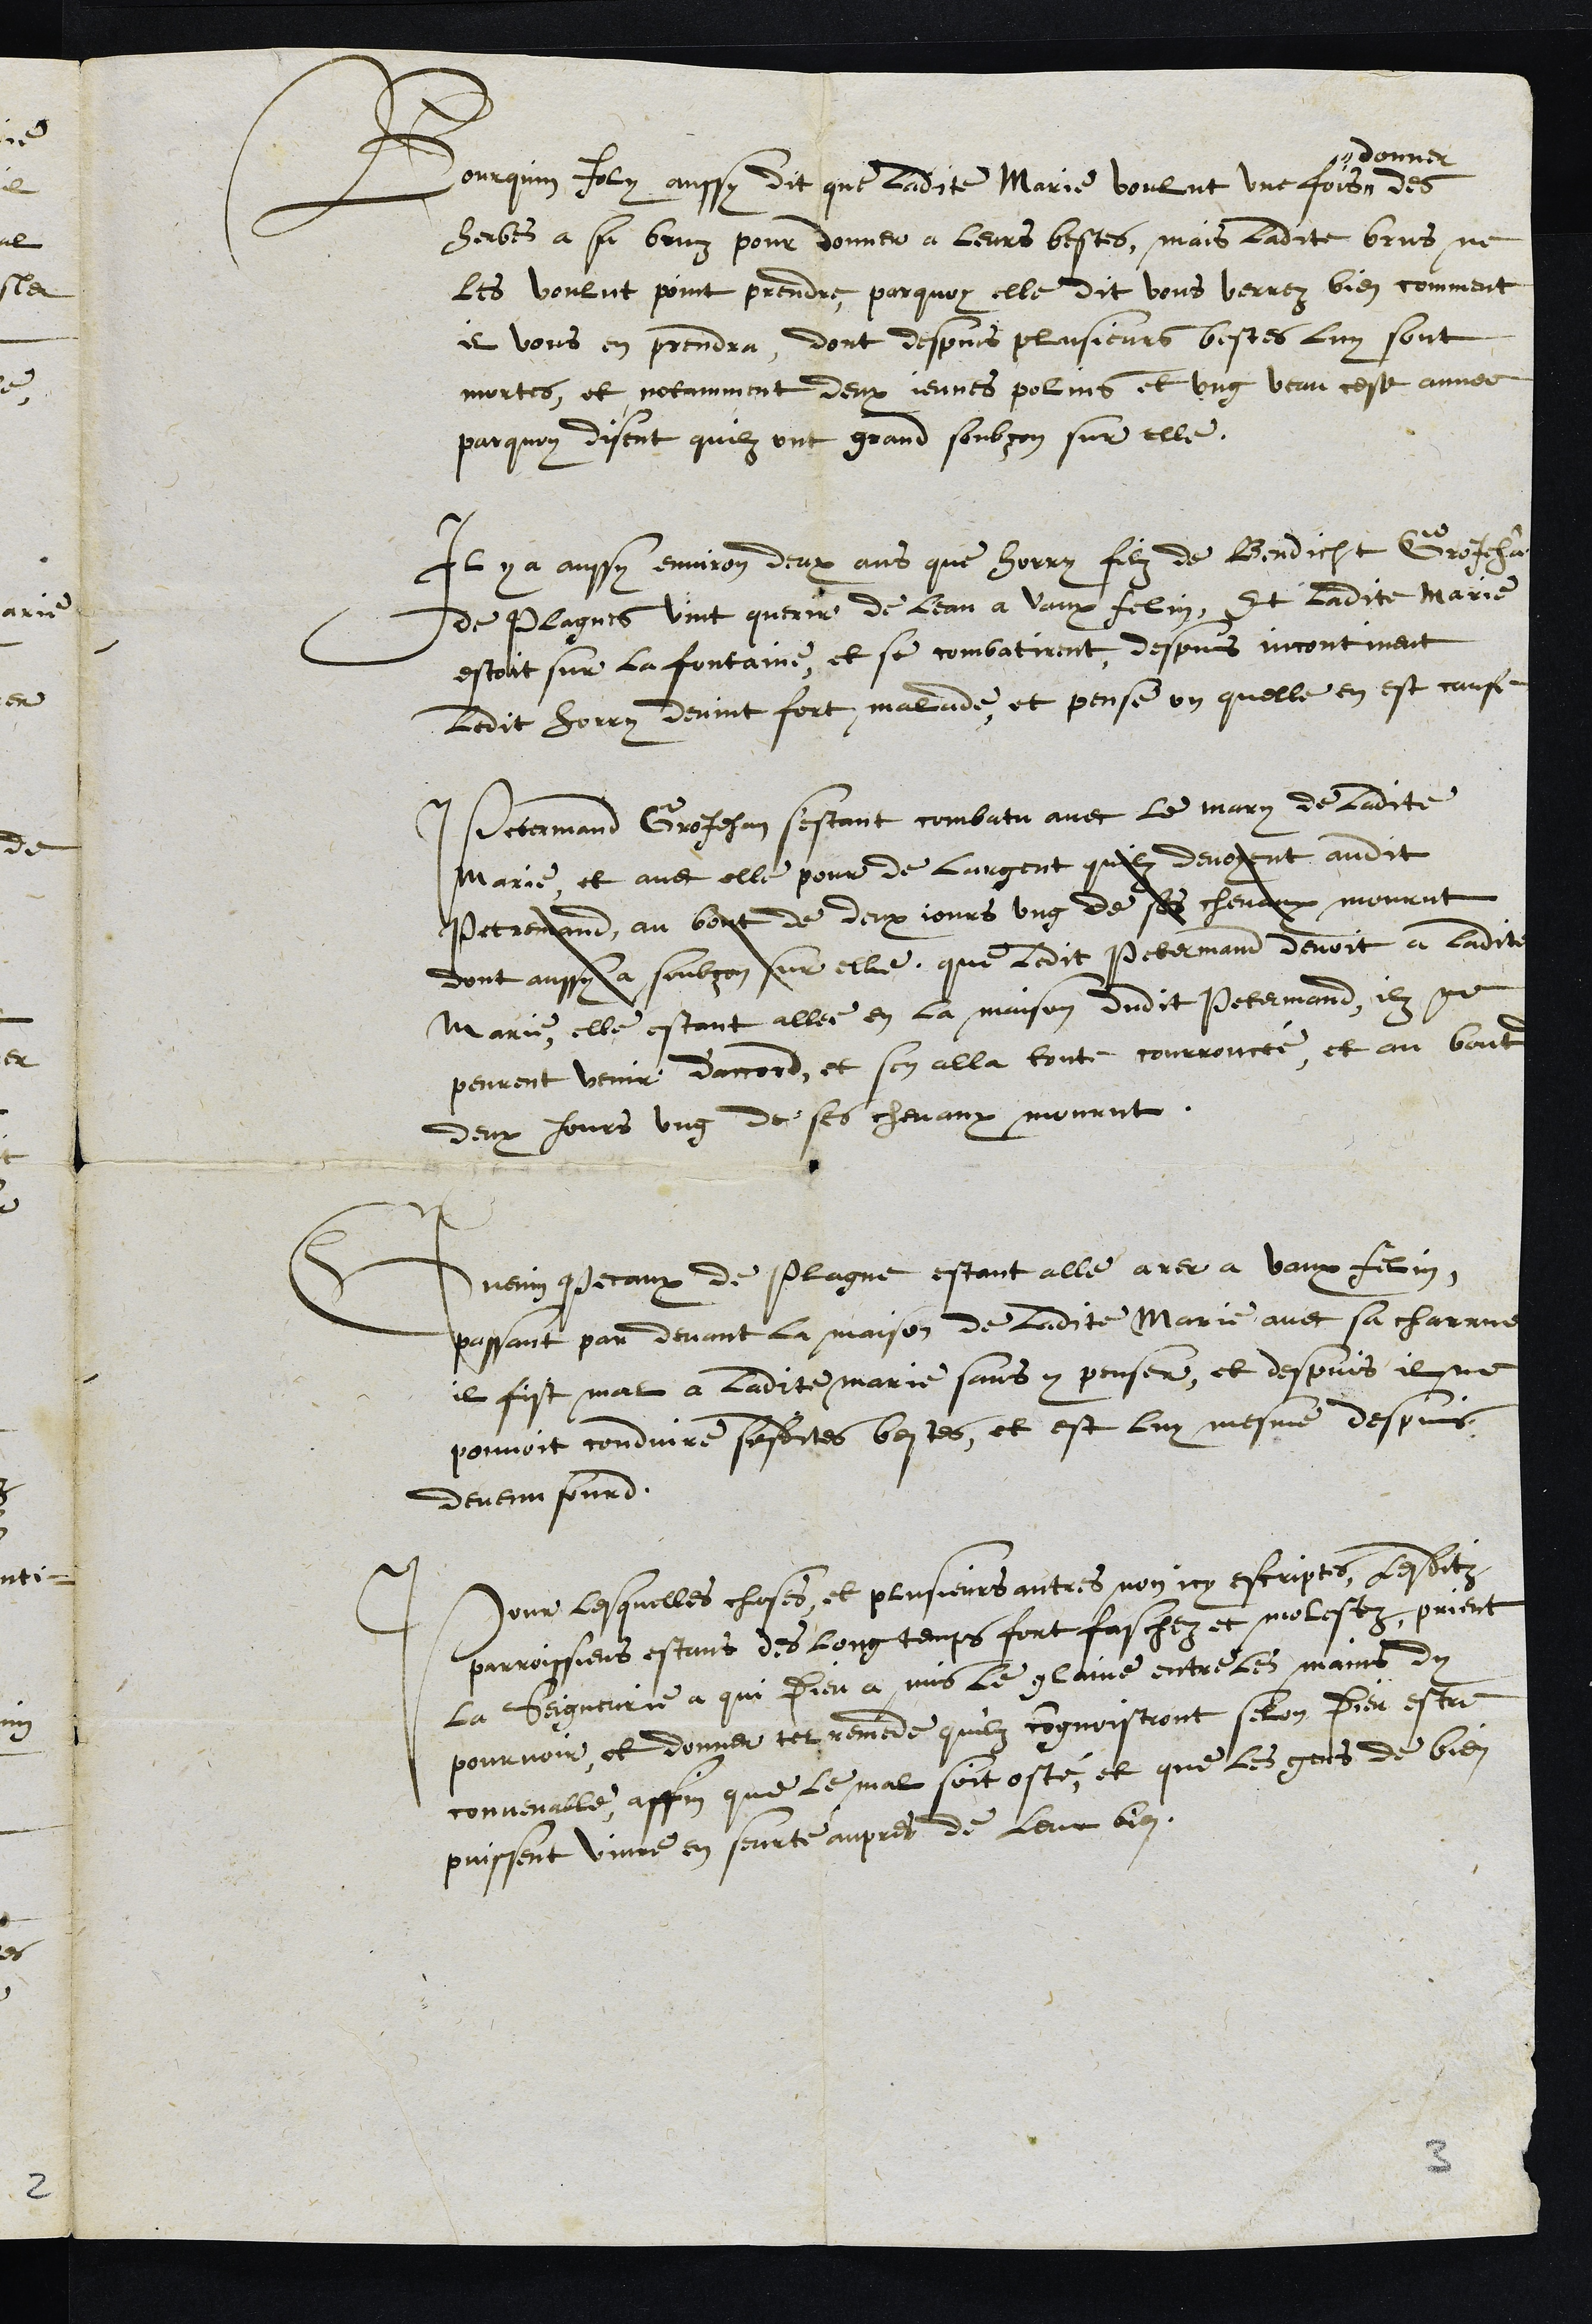
Bourquin Joly aussy dit que ladite Marie voulloit une fois #
# donner
des
herbes a sa bruz pour donner a leurs bestes, mais ladite brus ne
les voulut point prendre, parquoy elle dit vous verrez bien comment
il vous en prendra, dont despuis plusieurs bestes luy sont
mortes, et notamment deux jeunes polins et ung veau ceste annee
par quoy disent quilz ont grand soubçon sur elle.
Il y a aussi environ deux ans que Horry filz de Bendicht GroJehan
de Plagnes vint querir de leau a Vaux felin, Et ladite Marie
estoit sur la fontaine, et se combatirent, depuis incontinent
ledit Horry devint fort malade, et pense on quelle en est cause
Petermand GroJehan sestant combatu avec le mary de ladite
Marie, et avec elle pour de largent quilz devoyent audit
Petremand, au bout de deux jours ung de ses chevaux mourut
dont aussy a soubçon sur elle que ledit Petermand devoit a ladite
Marie, elle estant allée en la maison dudit Petermand, ilz ne
peurent venir d'accord, et sen alla toute courroucée, et au bout de
deux jours ung de ses chevaux mourut.
Guenin Pecaux de Plagne estant alle arer a Vaux felin,
passant par devant la maison de ladite Marie avec sa charrue
il fist mal a ladite marie sans y penser, et depuis il ne
pouvoit conduire sesdites bestes, et est luy mesme despuis
devenu sourd.
Pour lesquelles choses et plusieurs autres non icy escriptes lesditz
parroissiens estans des long temps fort faschez et molestez, prient
la Seigneurie a qui Dieu a mis le glaive entre le mains dy
pourvoir, et donner tel remede quilz congnoistront selon Dieu estre
convenable affin que le mal soit osté, et que les gens de bien
puissent vivre en seurté aupres de leur bien.
3